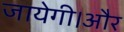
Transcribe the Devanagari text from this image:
जायेगी।और